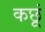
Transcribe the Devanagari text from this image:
कछूं